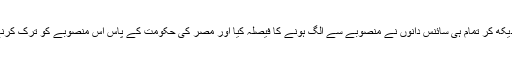
زندگی کو خطرے میں دیکھ کر تمام ہی سائنس دانوں نے منصوبے سے الگ ہونے کا فیصلہ کیا اور مصر کی حکومت کے پاس اس منصوبے کو ترک کرنے کے سوا چارہ نہ رہا۔